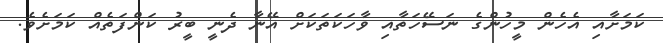
ކަމަށާއި އެހެން މީހުންގެ ނަސޭހަތާއި ވާހަކަތަކަށް އޭނާ ދެނީ ބީރު ކަންފަތެއް ކަމަށެވެ.